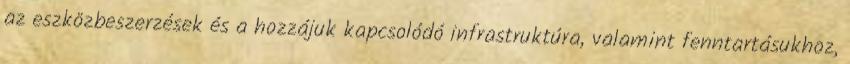
az eszközbeszerzések és a hozzájuk kapcsolódó infrastruktúra, valamint fenntartásukhoz,